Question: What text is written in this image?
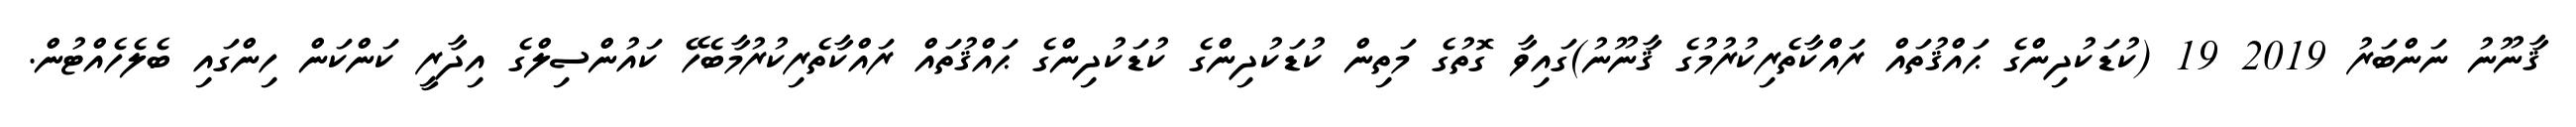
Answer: ޤާނޫނު ނަންބަރު 2019 19 (ކުޑަކުދިންގެ ޙައްޤުތައް ރައްކާތެރިކުރުމުގެ ޤާނޫނު)ގައިވާ ގޮތުގެ މަތިން ކުޑަކުދިންގެ ކުޑަކުދިންގެ ޙައްޤުތައް ރައްކާތެރިކުރުމާބެހޭ ކައުންސިލްގެ އިދާރީ ކަންކަން ހިންގައި ބެލެހެއްޓުން.